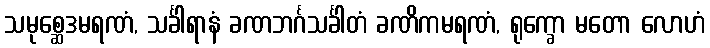
သမုစ္ဆေဒမရဏံ, သင်္ခါရာနံ ခဏဘင်္ဂသင်္ခါတံ ခဏိကမရဏံ, ရုက္ခော မတော လောဟံ